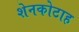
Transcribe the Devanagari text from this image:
शेनकोटाह